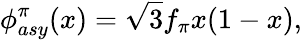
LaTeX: \phi_{asy}^{\pi}(x)=\sqrt{3}f_{\pi}x(1-x),